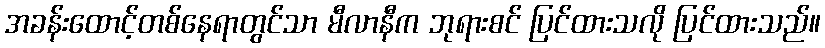
အခန်းထောင့်တစ်နေရာတွင်သာ မီလာနီက ဘုရားစင် ပြင်ထားသလို ပြင်ထားသည်။